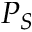
P _ { S }